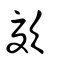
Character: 𣣺